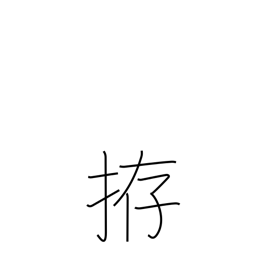
Meaning: prepare